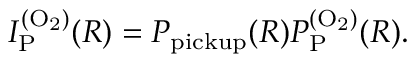
I _ { \mathrm { P } } ^ { \mathrm { ( O _ { 2 } ) } } ( R ) = P _ { \mathrm { p i c k u p } } ( R ) P _ { \mathrm { P } } ^ { \mathrm { ( O _ { 2 } ) } } ( R ) .